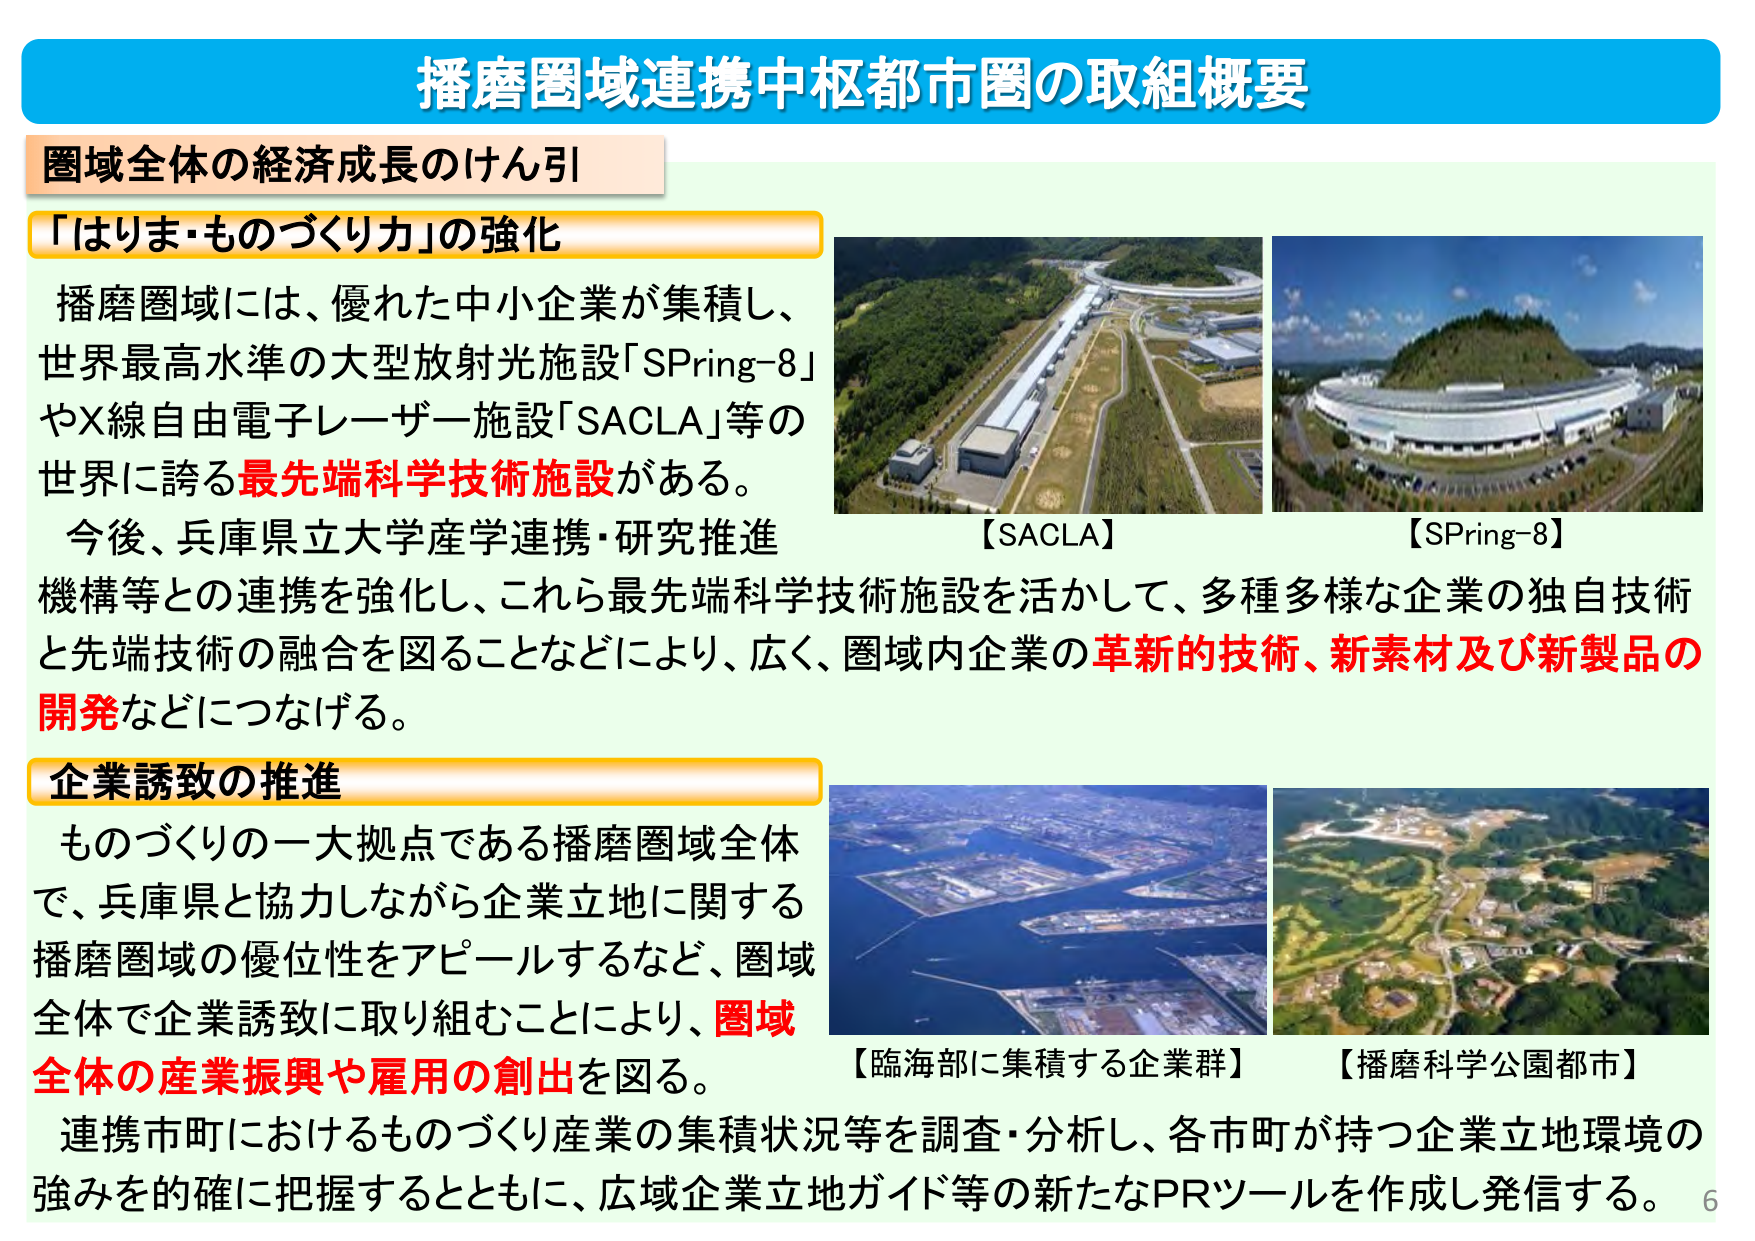
播磨圏域連携中枢都市圏の取組概要

圏域全体の経済成長のけん引

「はりま・ものづくり力」の強化

播磨圏域には、優れた中小企業が集積し、
世界最高水準の大型放射光施設「SPring-8」
やX線自由電子レーザー施設「SACLA」等の
世界に誇る最先端科学技術施設がある。
今後、兵庫県立大学産学連携・研究推進
機構等との連携を強化し、これら最先端科学技術施設を活かして、多種多様な企業の独自技術
と先端技術の融合を図ることなどにより、広く、圏域内企業の革新的技術、新素材及び新製品の
開発などにつなげる。

【SACLA】
【SPring-8】

企業誘致の推進

ものづくりの一大拠点である播磨圏域全体
で、兵庫県と協力しながら企業立地に関する
播磨圏域の優位性をアピールするなど、圏域
全体で企業誘致に取り組むことにより、圏域
全体の産業振興や雇用の創出を図る。
連携市町におけるものづくり産業の集積状況等を調査・分析し、各市町が持つ企業立地環境の
強みを的確に把握するとともに、広域企業立地ガイド等の新たなPRツールを作成し発信する。

【臨海部に集積する企業群】
【播磨科学公園都市】

6